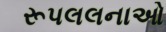
રૂપલલનાઓ